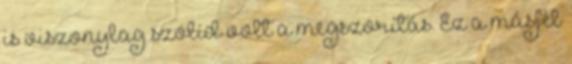
is viszonylag szolíd volt a megszorítás. Ez a másfél